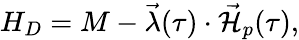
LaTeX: H_{D}=M-\vec{\lambda}(\tau)\cdot\vec{{\cal H}}_{p}(\tau),